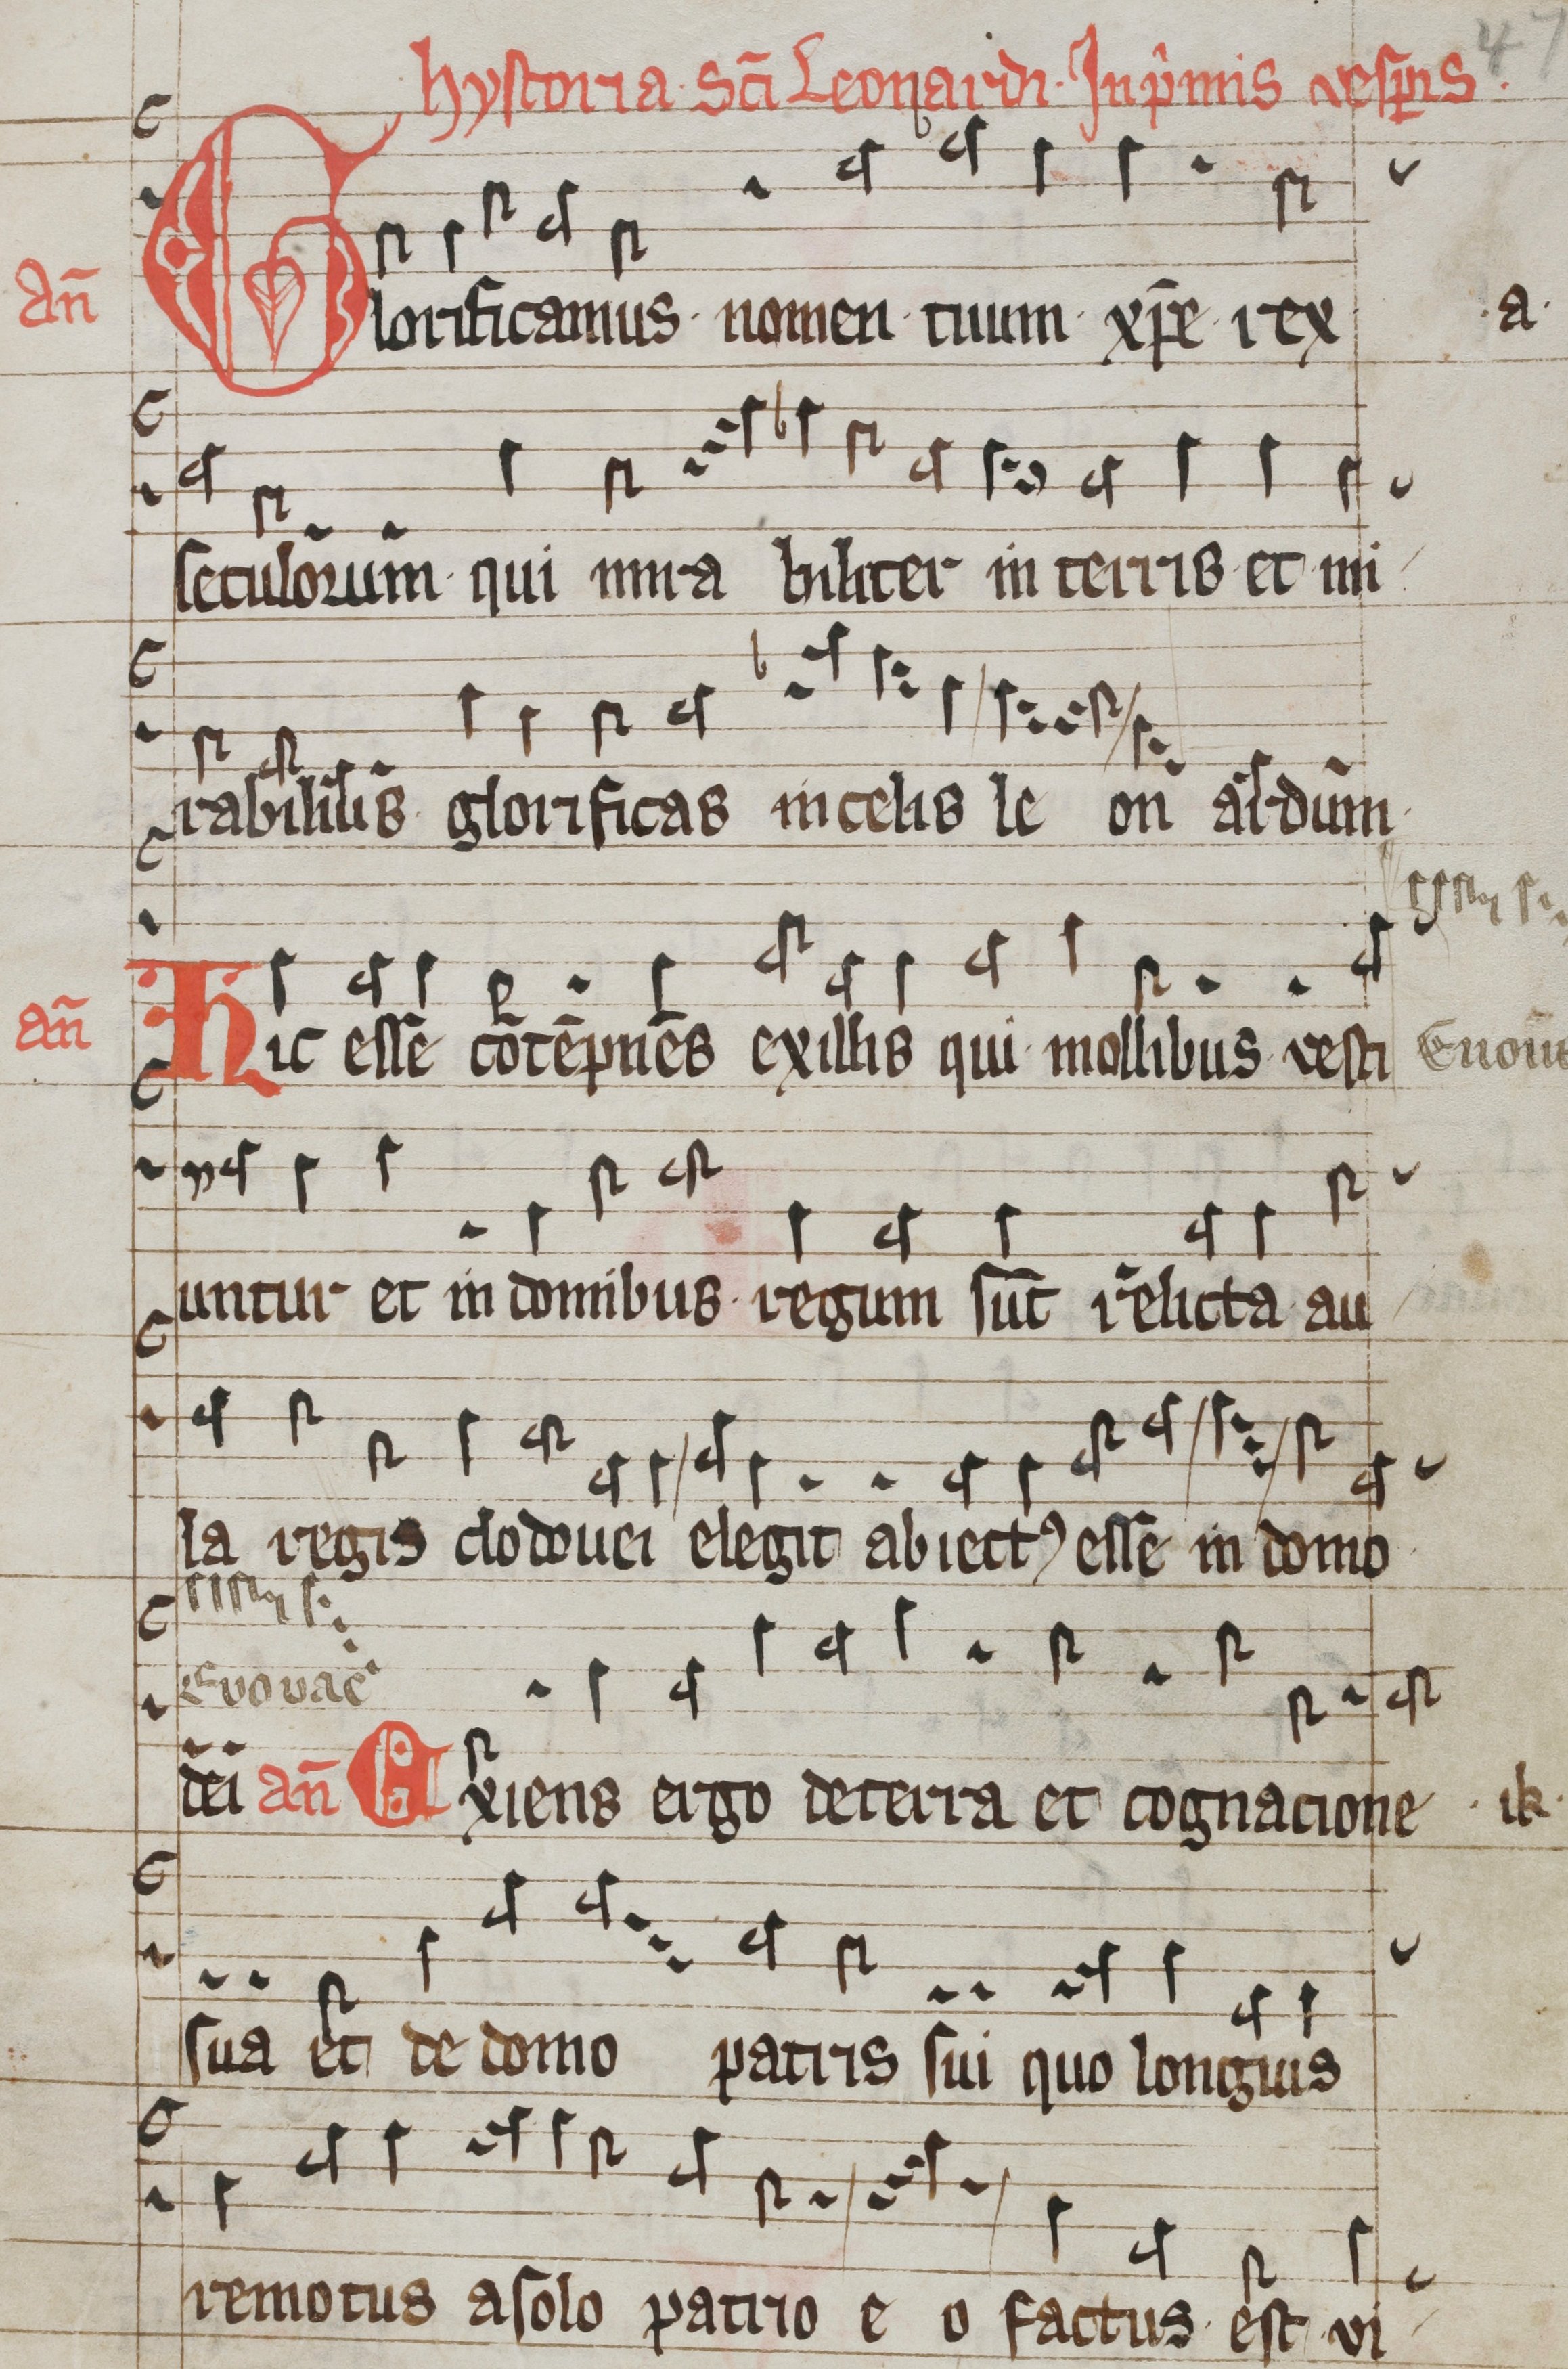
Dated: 1100–1199